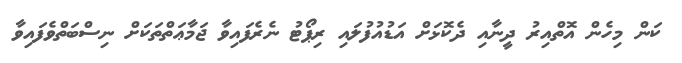
ކަން މިހެން އޮތްއިރު ދީނާއި ދެކޮޅަށް އަޑުއުފުލައި ރިޕޯޓު ނެރެފައިވާ ޖަމާޢަތްތަކަށް ނިސްބަތްވެފައިވާ